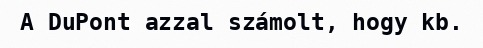
A DuPont azzal számolt, hogy kb.